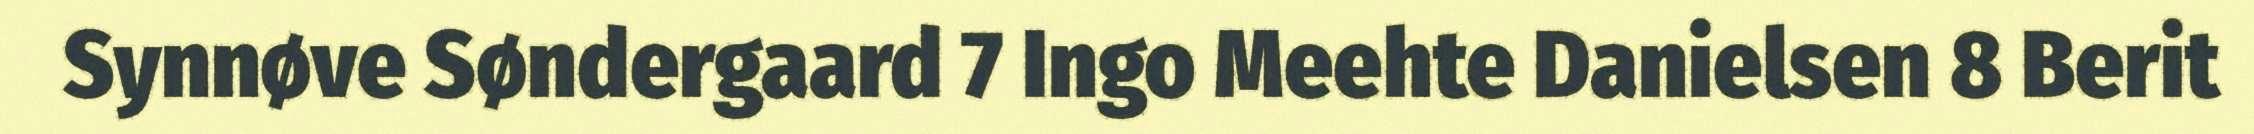
Synnøve Søndergaard 7 Ingo Meehte Danielsen 8 Berit